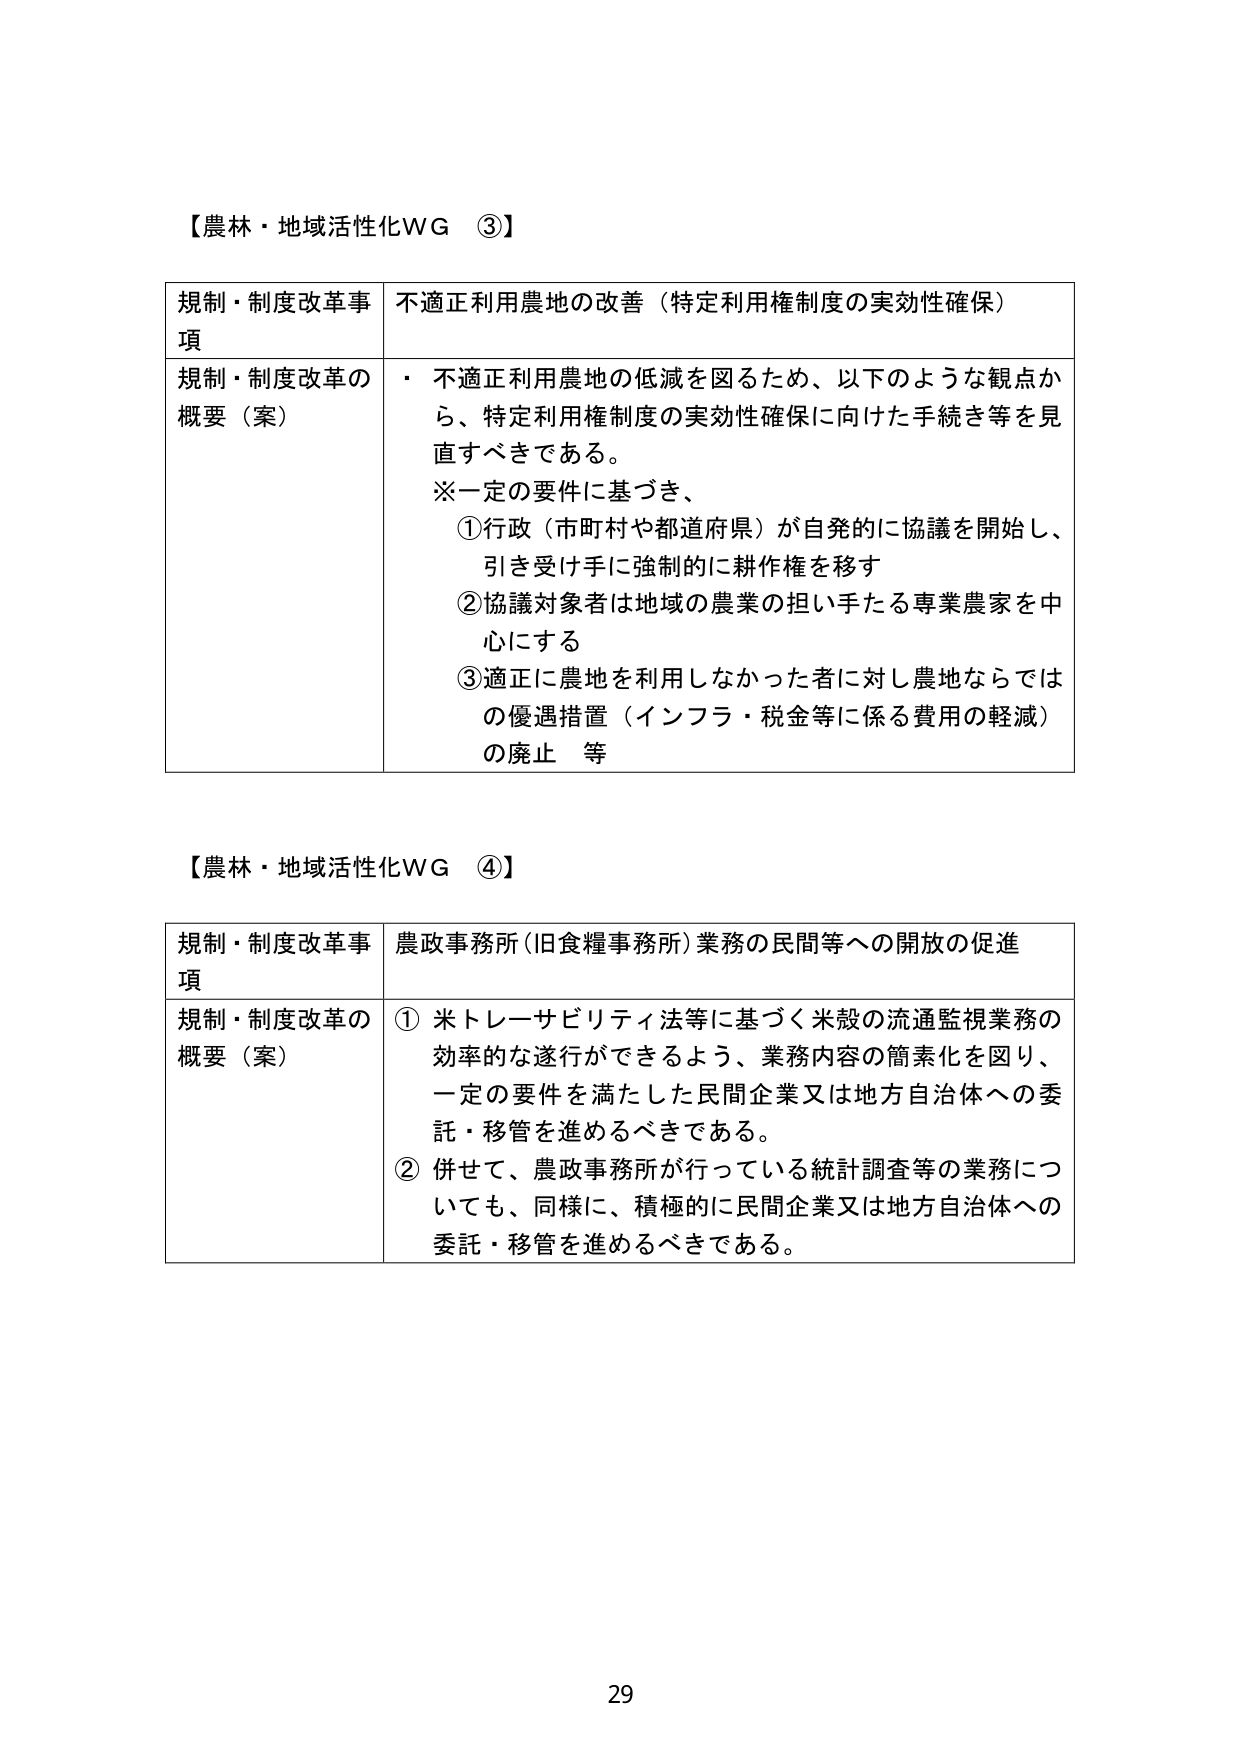
【農林・地域活性化WG ③】

規制・制度改革事項　不適正利用農地の改善（特定利用権制度の実効性確保）

規制・制度改革の概要（案）　・ 不適正利用農地の低減を図るため、以下のような観点から、特定利用権制度の実効性確保に向けた手続き等を見直すべきである。
※一定の要件に基づき、
　①行政（市町村や都道府県）が自発的に協議を開始し、引き受け手に強制的に耕作権を移す
　②協議対象者は地域の農業の担い手たる専業農家を中心にする
　③適正に農地を利用しなかった者に対し農地ならではの優遇措置（インフラ・税金等に係る費用の軽減）の廃止 等

【農林・地域活性化WG ④】

規制・制度改革事項　農政事務所（旧食糧事務所）業務の民間等への開放の促進

規制・制度改革の概要（案）　① 米トレーサビリティ法等に基づく米穀の流通監視業務の効率的な遂行ができるよう、業務内容の簡素化を図り、一定の要件を満たした民間企業又は地方自治体への委託・移管を進めるべきである。
　② 併せて、農政事務所が行っている統計調査等の業務についても、同様に、積極的に民間企業又は地方自治体への委託・移管を進めるべきである。

29